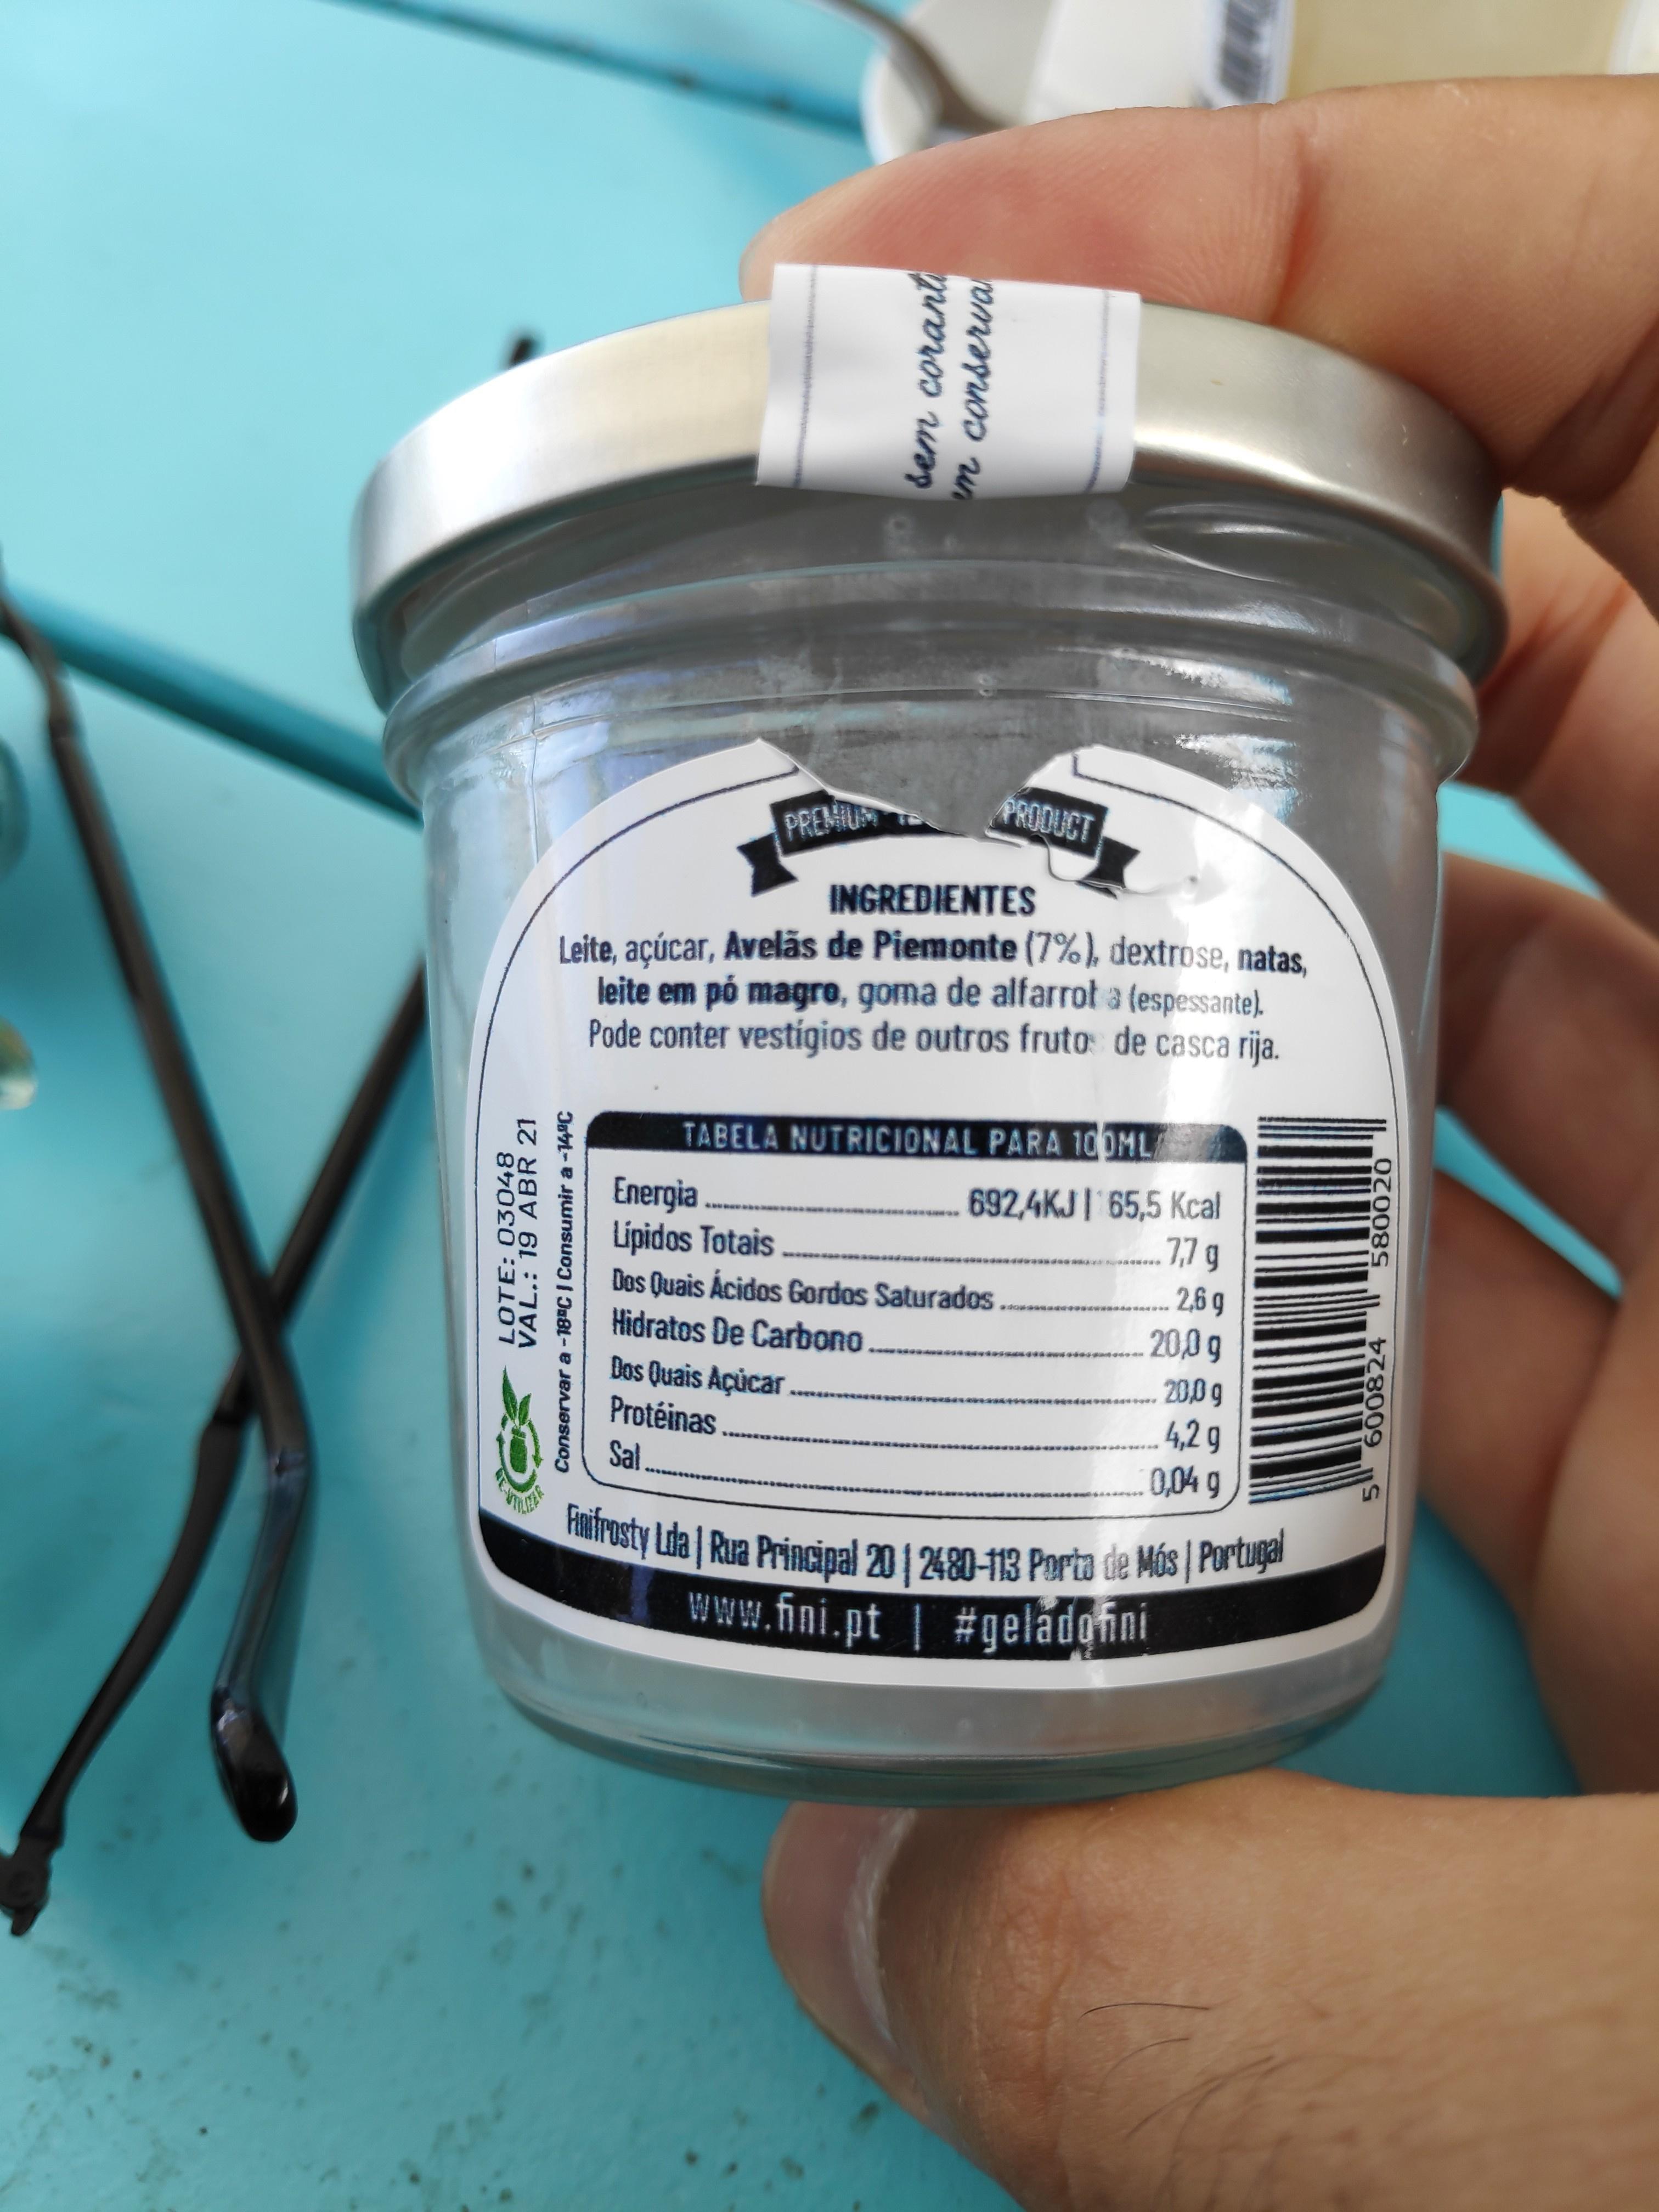
PRODUCT
PREMIU
INGREDIENTES
Leite, açúcar, Avelãs de Piemonte (7%), dextrose, natas, leite em pó magre, goma de alfarrot a (espessante). Pode conter vestigios de outros fruto de casca rija.
TABELA NUTRICIONAL PARA 100ML
692,4KJ | 65,5 Kcal 77 g
Energia Lipidos Totais Dos Quais Ácidos Gordos Saturados. Hidratos De Carbono
2,6 20,0 g
g
Dos Quais Açúcar Protéinas
200 g 4,2 g 0,04 g
Sal.
Fanfrosty Lda| Rua Principal 20 | 2480-113 Porto de Mós | Portugal www.fini.pt | #geladoni
ER
LOTE: 03048 VAL.: 19 ABR 21
Conservar a -18 CI Consumir a-14°C
sem coranti m conserva
600824
580020